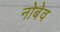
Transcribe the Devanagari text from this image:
नोबेव